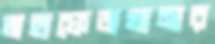
মহাফেজখানার